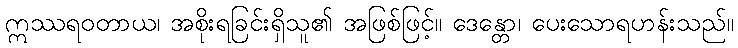
ဣဿရဝတာယ၊ အစိုးရခြင်းရှိသူ၏ အဖြစ်ဖြင့်။ ဒေန္တော၊ ပေးသောရဟန်းသည်။